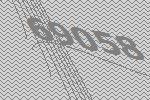
69058